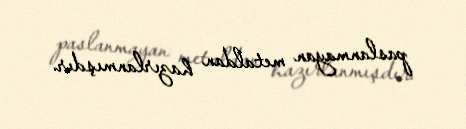
paslanmayan metaldan hazırlanmışdır.